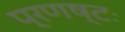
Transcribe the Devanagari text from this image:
प्रणष्टः